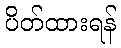
ပိတ်ထားရန်